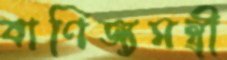
বাণিজ্যমন্ত্রী